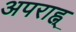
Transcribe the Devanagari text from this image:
अपराह्न्